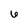
Character: 6